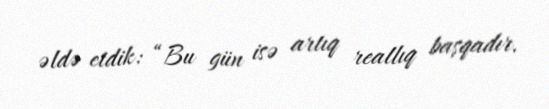
əldə etdik: “Bu gün isə artıq reallıq başqadır.